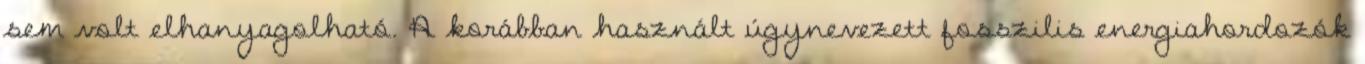
sem volt elhanyagolható. A korábban használt úgynevezett fosszilis energiahordozók